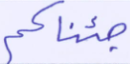
جئناكم